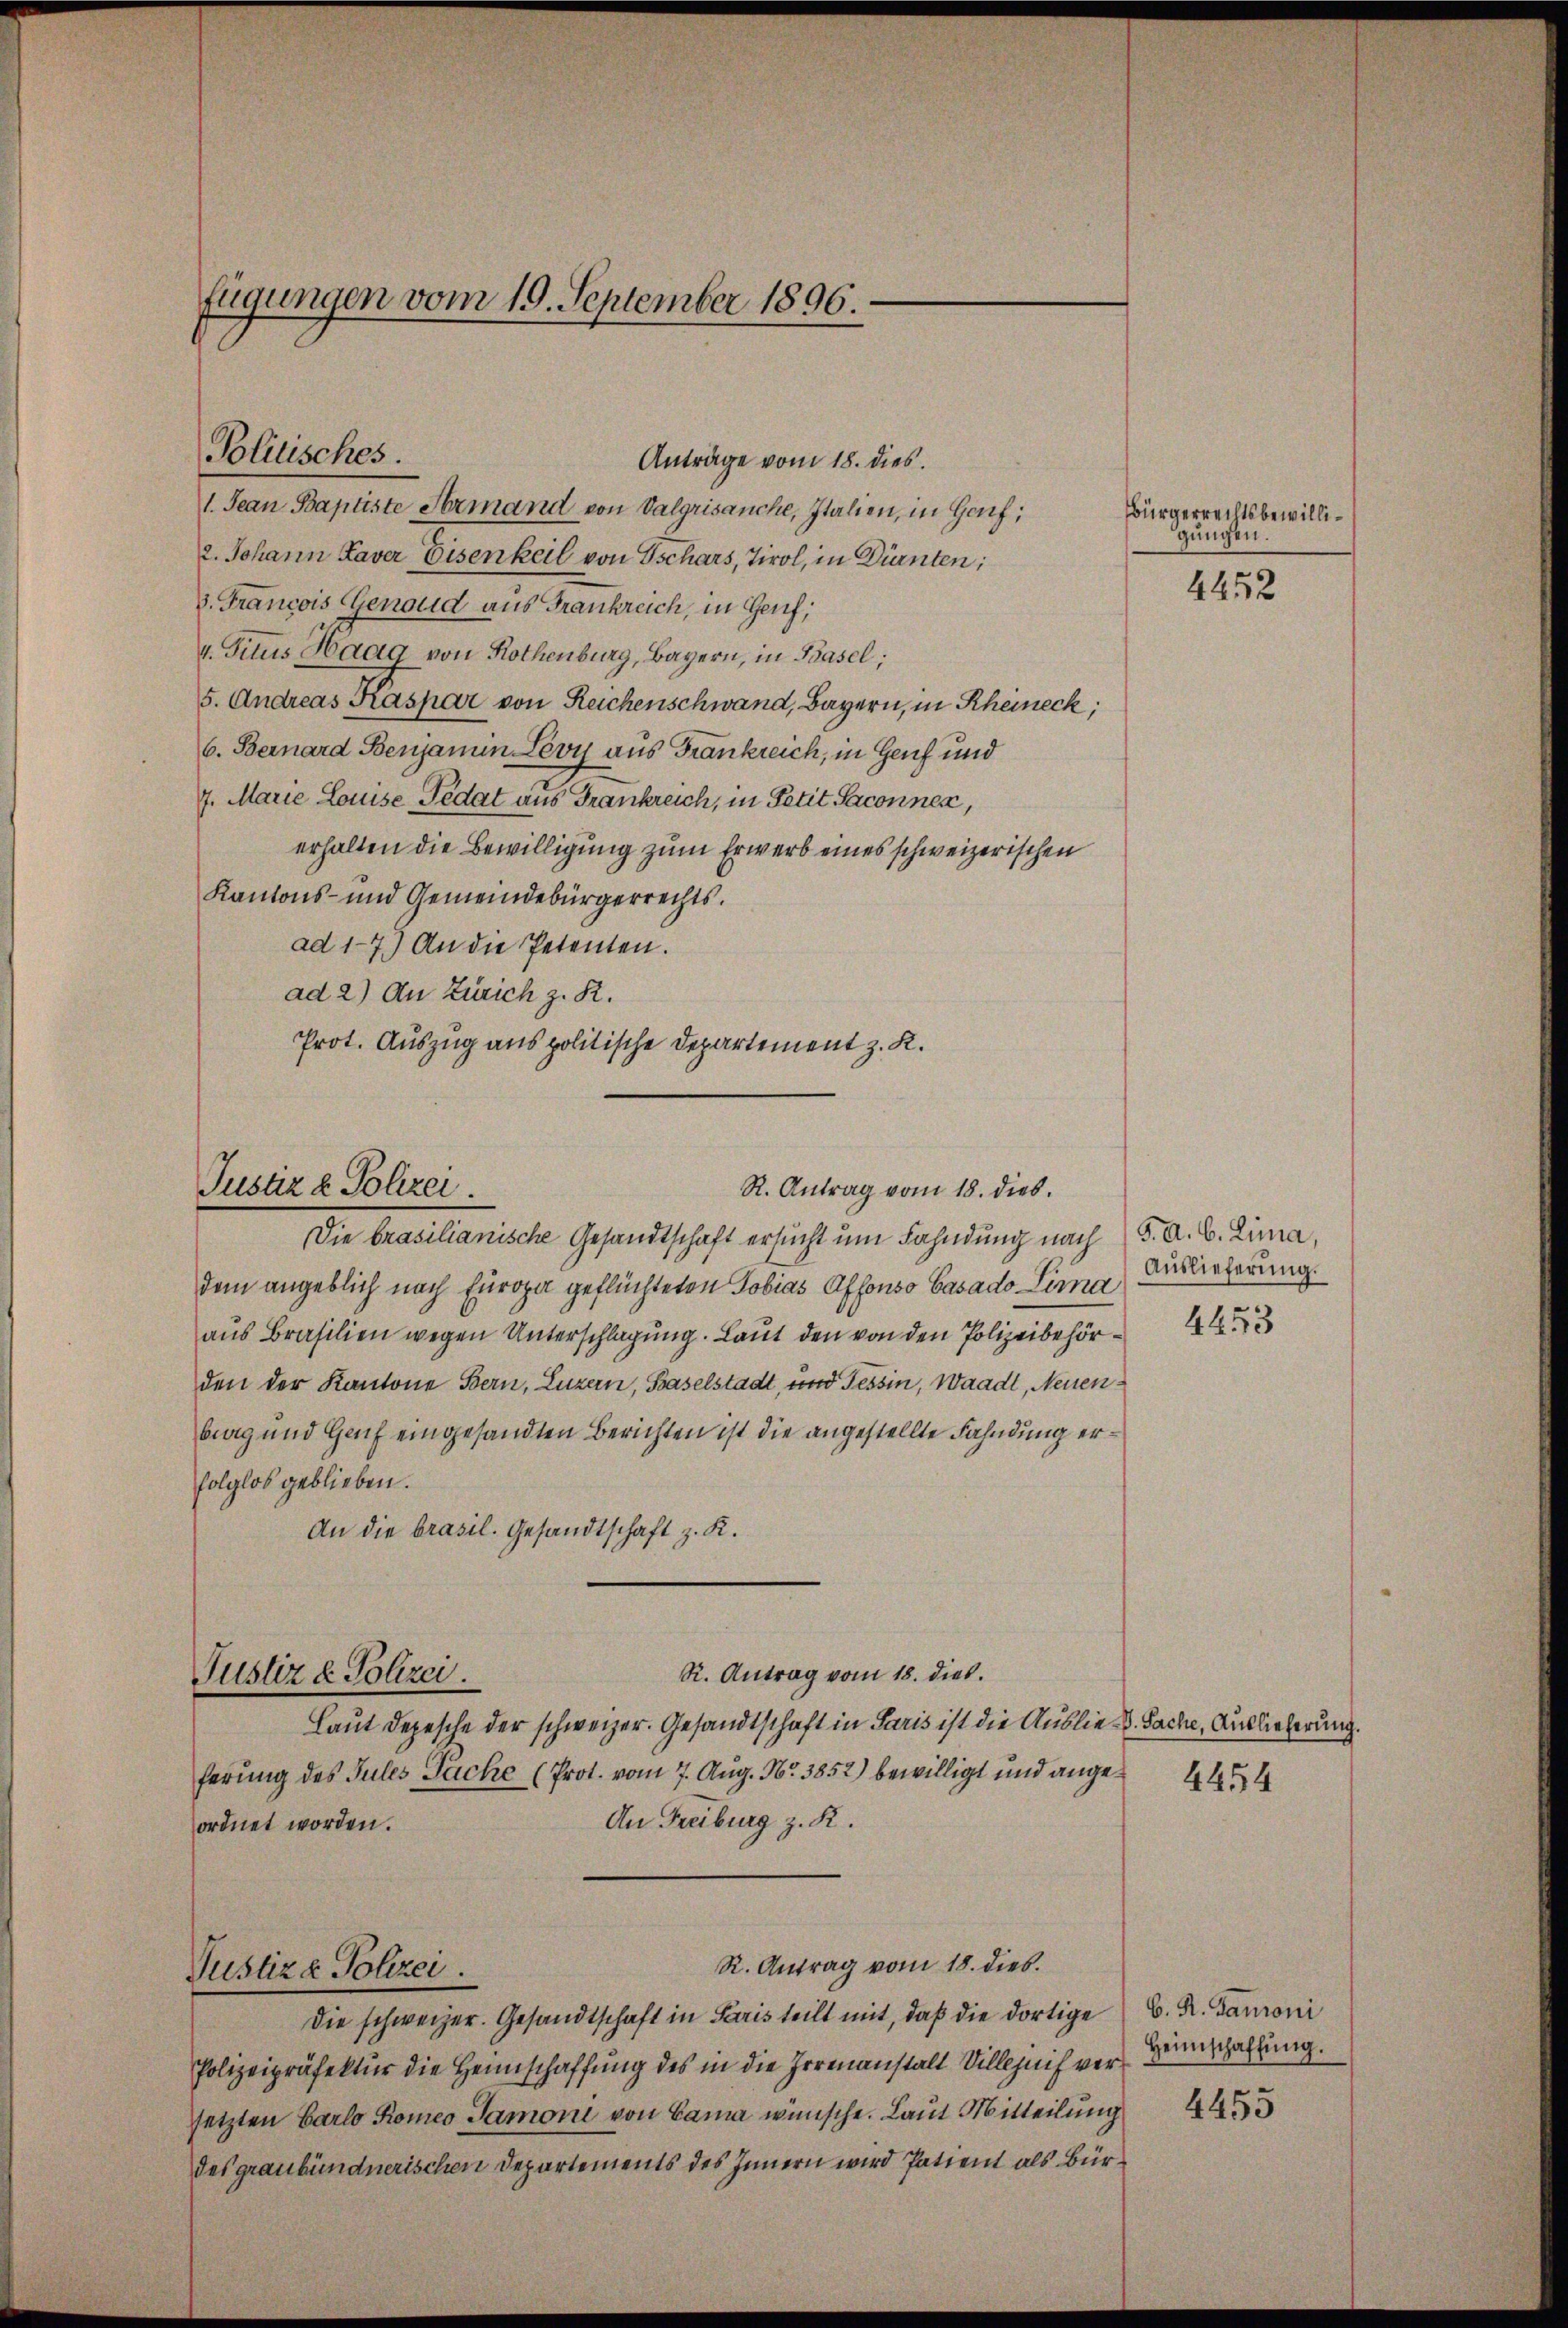
fügungen vom 19. September 1896.

Anträge vom 18. dies
1. Jean Baptiste Hermand von Valgrisanche, Italien, in Gauf;
2. Johann Laver Eisenkeil von Tschars, Tirol, in Dürnten;
8. Francois Genoud aus Frankreich, in Genf;
v. Titus Haag von Rothenburg, Bayern, in Basel;
5. Andreas Kaspar von Reichenschwand, Bayern, in Rheineck,
6. Bernard Benjamin Levy aus Frankreich, in Genf und
7. Marie Louise Pedat aus Frankreich, in Petit Saconnen,
erhalten die Bewilligung zum Erwerb eines schweizerischen
Kantons- und Gemeindebürgerrechts.
ad 17.) An die Petenten.
Die brasilianische Gesandtschaft ersucht um Fahndung nach F. a. b. Lina,
dem angeblich nach Europa geflüchteten Tobias Affonso Basado Lima
aus Brasilien wegen Unterschlagung. Laut den von den Polizeibehör
den der Kantone Bern, Luzern, Baselstadt, und Tessin, Waadt, Neuenberg und Genf eingesandten Berichten ist die angestellte Fahndung erfolglos geblieben.
An die brasil. Gesandtschaft z. R.
R. Antrag vom 18. dies
Justiz & Polizei.
Laut Depesche der schweizer. Gesandtschaft in Paris ist die Auslie - Sache, Auslieferung.
ferung des Jules Pache (Prot. vom 7. Aug. Nr. 3852) bewilligt und ange
An Freiburg z. R.
ordnet worden.
R. Antrag vom 18. dies.
Justiz & Polizei.
Die schweizer. Gesandtschaft in Paris teilt mit, daß die dortige
Polizeipräfektur die Heimschaffung des in die Irrenanstalt Villezuif versetzten Carlo Romes Tamoni von Cama wünsche. Laut Mitteilung
des graubündnerischen Departements des Innern wird Patient als Bür¬

Politisches.

ad 2) An Zürich z. R.
Prot. Auszug aus politische Departement z. K.
Justiz & Polizei
R. Antrag vom 18. dies.

Bürgerrechtsbewilligungen.

4452

Auslieferung.

b. R. Ganoni
Heimschaffŭng.

4455